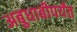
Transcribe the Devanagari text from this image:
अबुधाबीपर्यंत